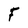
Character: F